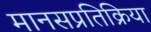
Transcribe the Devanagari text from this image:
मानसप्रतिक्रिया